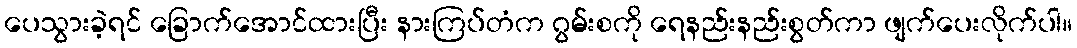
ပေသွားခဲ့ရင် ခြောက်အောင်ထားပြီး နားကြပ်တံက ဂွမ်းစကို ရေနည်းနည်းစွတ်ကာ ဖျက်ပေးလိုက်ပါ။